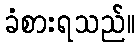
ခံစားရသည်။